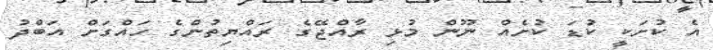
އެ ކުށަކީ ކުޑަ ކުށެއް ނޫން މުޅި ރާއްޖޭގެ ރައްޔިތުންގެ ހައްގަށް އަބްދު